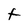
Character: t